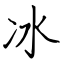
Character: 冰